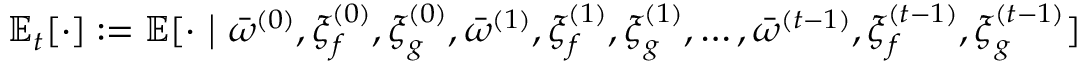
\mathbb { E } _ { t } [ \cdot ] : = \mathbb { E } [ \cdot ~ \big | ~ \bar { \omega } ^ { ( 0 ) } , \boldsymbol { \xi } _ { f } ^ { ( 0 ) } , \boldsymbol { \xi } _ { g } ^ { ( 0 ) } , \bar { \omega } ^ { ( 1 ) } , \boldsymbol { \xi } _ { f } ^ { ( 1 ) } , \boldsymbol { \xi } _ { g } ^ { ( 1 ) } , \dots , \bar { \omega } ^ { ( t - 1 ) } , \boldsymbol { \xi } _ { f } ^ { ( t - 1 ) } , \boldsymbol { \xi } _ { g } ^ { ( t - 1 ) } ]